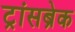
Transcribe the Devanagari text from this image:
ट्रांसब्रेक